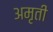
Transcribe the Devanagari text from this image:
अमृती